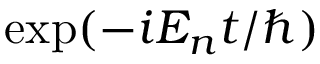
\exp ( - i E _ { n } t / \hbar )